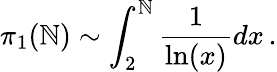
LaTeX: \pi_{1}(\mathbb{N})\sim\int_{2}^{\mathbb{N}}\frac{{1}}{{\ln(x)}}dx\, .